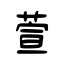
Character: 萱